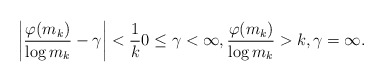
\begin{align*}\left| \frac{\varphi(m_k)}{\log m_k} - \gamma \right| < \frac 1k 0 \le \gamma < \infty, \frac{\varphi(m_k)}{\log m_k} > k, \gamma = \infty.\end{align*}